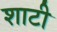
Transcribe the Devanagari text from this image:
शाटी